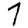
Digit: 7